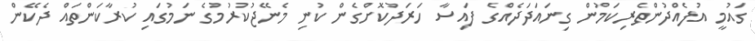
ގައުމީ އުފެއްދުންތެރިކަމުން ގިނައަދަދެއްގެ ފައިސާ ހަރަދުކޮށްގެން ކުނި މެނޭޖުކުރުމުގެ ނަމުގައި ކުރާކަންތައް ދެކޭން